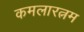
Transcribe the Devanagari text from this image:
कमलारत्नम